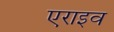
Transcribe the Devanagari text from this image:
एराइव